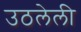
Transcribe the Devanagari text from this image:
उठलेली